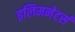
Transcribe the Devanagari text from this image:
इलिमनेटर्स